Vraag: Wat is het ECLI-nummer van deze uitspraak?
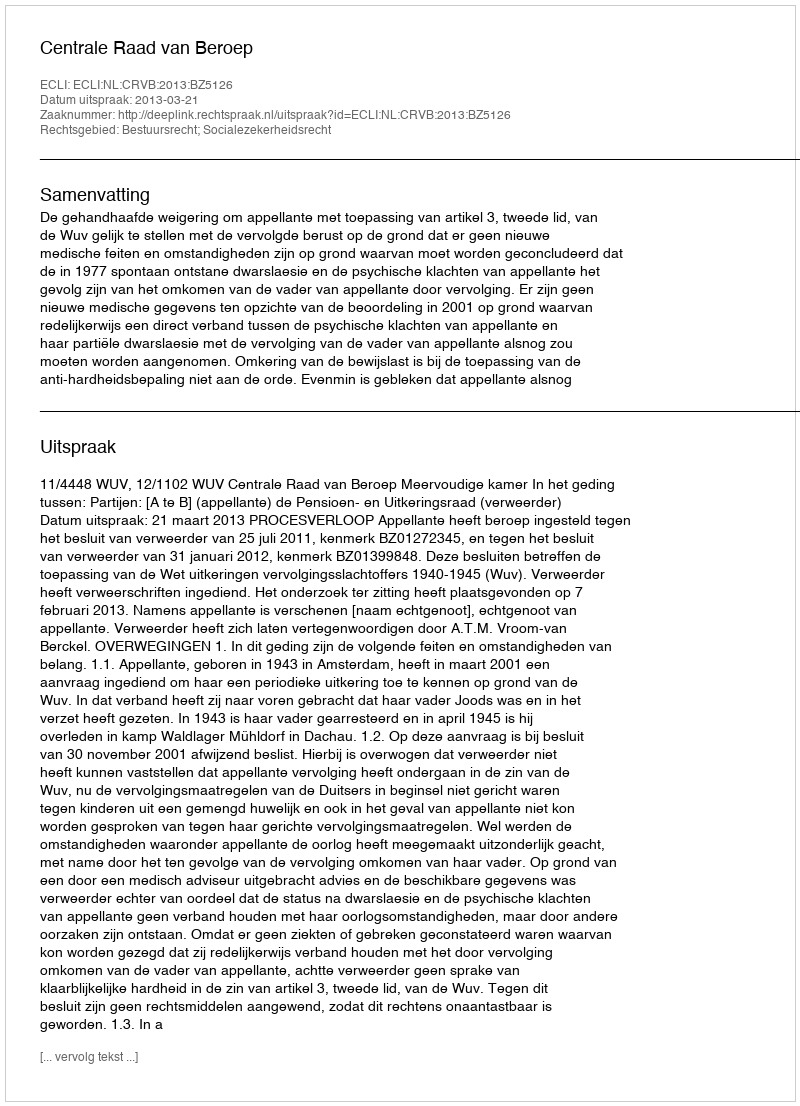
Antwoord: ECLI:NL:CRVB:2013:BZ5126